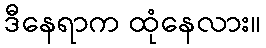
ဒီနေရာက ထုံနေလား။